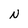
Character: N